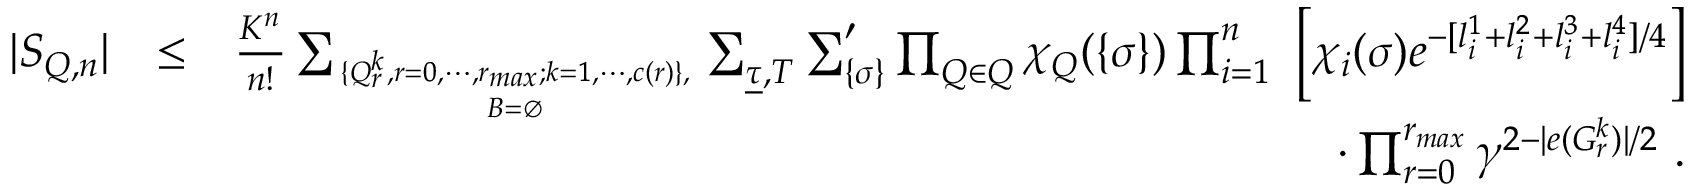
\begin{array} { r l r } { | S _ { { \cal Q } , n } | } & { \le } & { { \frac { K ^ { n } } { n ! } } \sum _ { \{ Q _ { r } ^ { k } , { r = 0 } , \cdots , r _ { m a x } ; { k = 1 } , \cdots , c ( r ) \} , \atop { { \cal B } = \emptyset } } \sum _ { \underline { \tau } , { \cal T } } \sum _ { \{ { \sigma } \} } ^ { \prime } \prod _ { Q \in { \cal Q } } \chi _ { Q } ( \{ \sigma \} ) \prod _ { i = 1 } ^ { n } \ \Big [ \chi _ { i } ( { \sigma } ) e ^ { - [ l _ { i } ^ { 1 } + l _ { i } ^ { 2 } + l _ { i } ^ { 3 } + l _ { i } ^ { 4 } ] / 4 } \Big ] } \\ & { } & { \quad \cdot \prod _ { r = 0 } ^ { r _ { m a x } } \gamma ^ { 2 - | e ( G _ { r } ^ { k } ) | / 2 } \ . } \end{array}